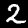
Digit: 2